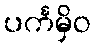
ပင်္ကမှိဝ